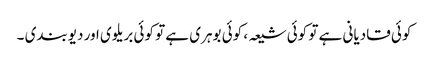
کوئی قادیانی ہے تو کوئی شیعہ ، کوئی بوہری ہے تو کوئی بریلوی اور دیوبندی ۔